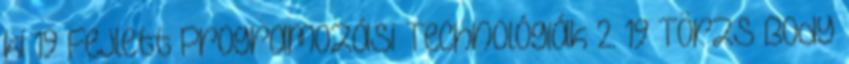
ki 19 Fejlett Programozási Technológiák 2. 19 Törzs Body